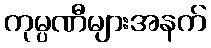
ကုမ္ပဏီများအနက်